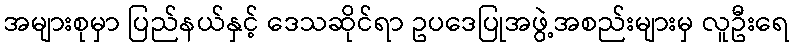
အများစုမှာ ပြည်နယ်နှင့် ဒေသဆိုင်ရာ ဥပဒေပြုအဖွဲ့အစည်းများမှ လူဦးရေ